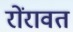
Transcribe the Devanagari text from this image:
रोंरावत